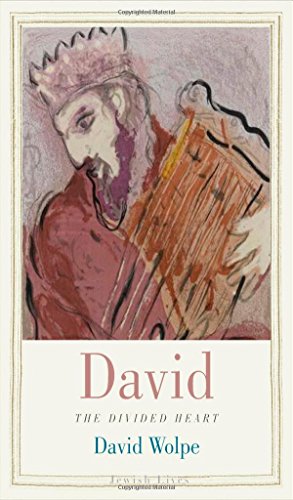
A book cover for David: The Divided Heart (Jewish Lives); David Wolpe; Biographies & Memoirs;